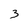
Character: 3